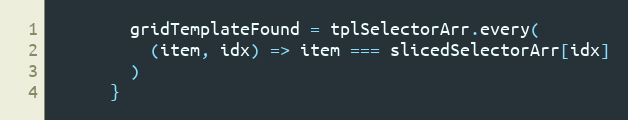
Language: JavaScript
        gridTemplateFound = tplSelectorArr.every(
          (item, idx) => item === slicedSelectorArr[idx]
        )
      }